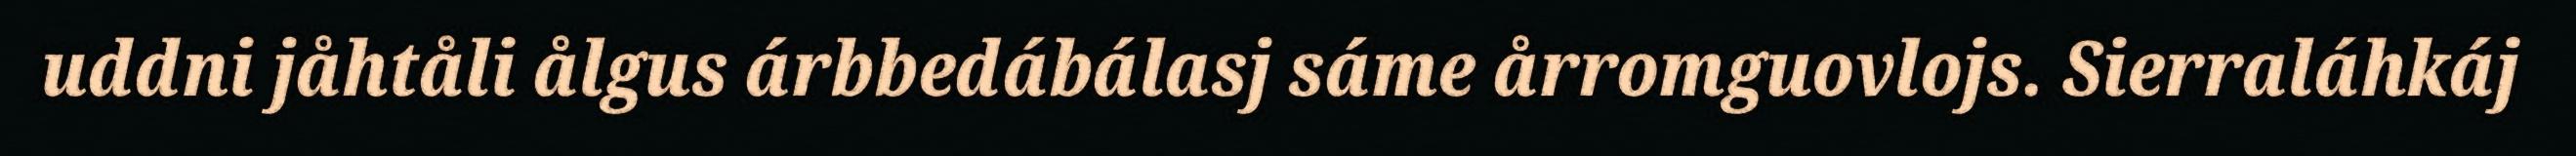
uddni jåhtåli ålgus árbbedábálasj sáme årromguovlojs. Sierraláhkáj